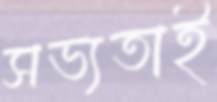
সভ্যতাই